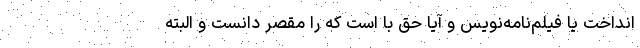
انداخت یا فیلم‌نامه‌نویس و آیا حق با است که را مقصر دانست و البته